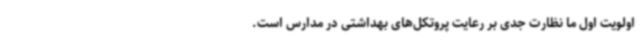
اولویت اول ما نظارت جدی بر رعایت پروتکل‌های بهداشتی در مدارس است.